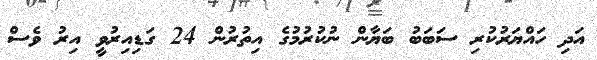
އަދި ހައްޔަރުކުރި ސަބަބު ބަޔާން ނުކުރުމުގެ އިތުރުން 24 ގަޑިއިރުވީ އިރު ވެސް